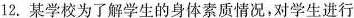
12. 某学校为了解学生的身体素质情况，对学生进行